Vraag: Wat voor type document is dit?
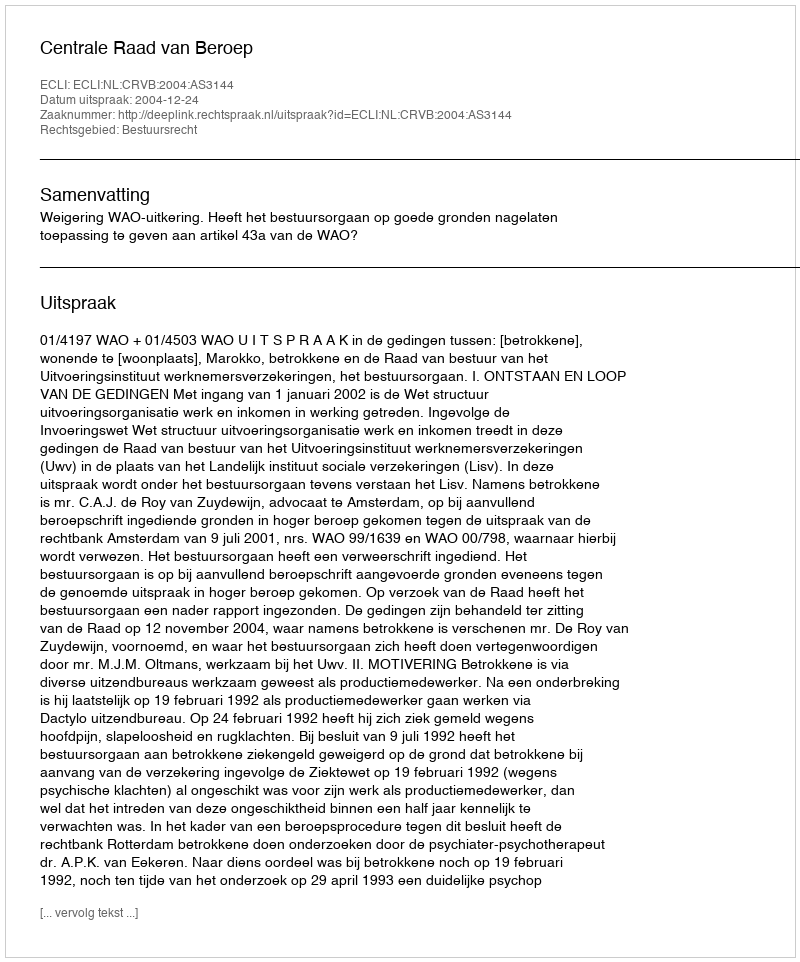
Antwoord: Uitspraak